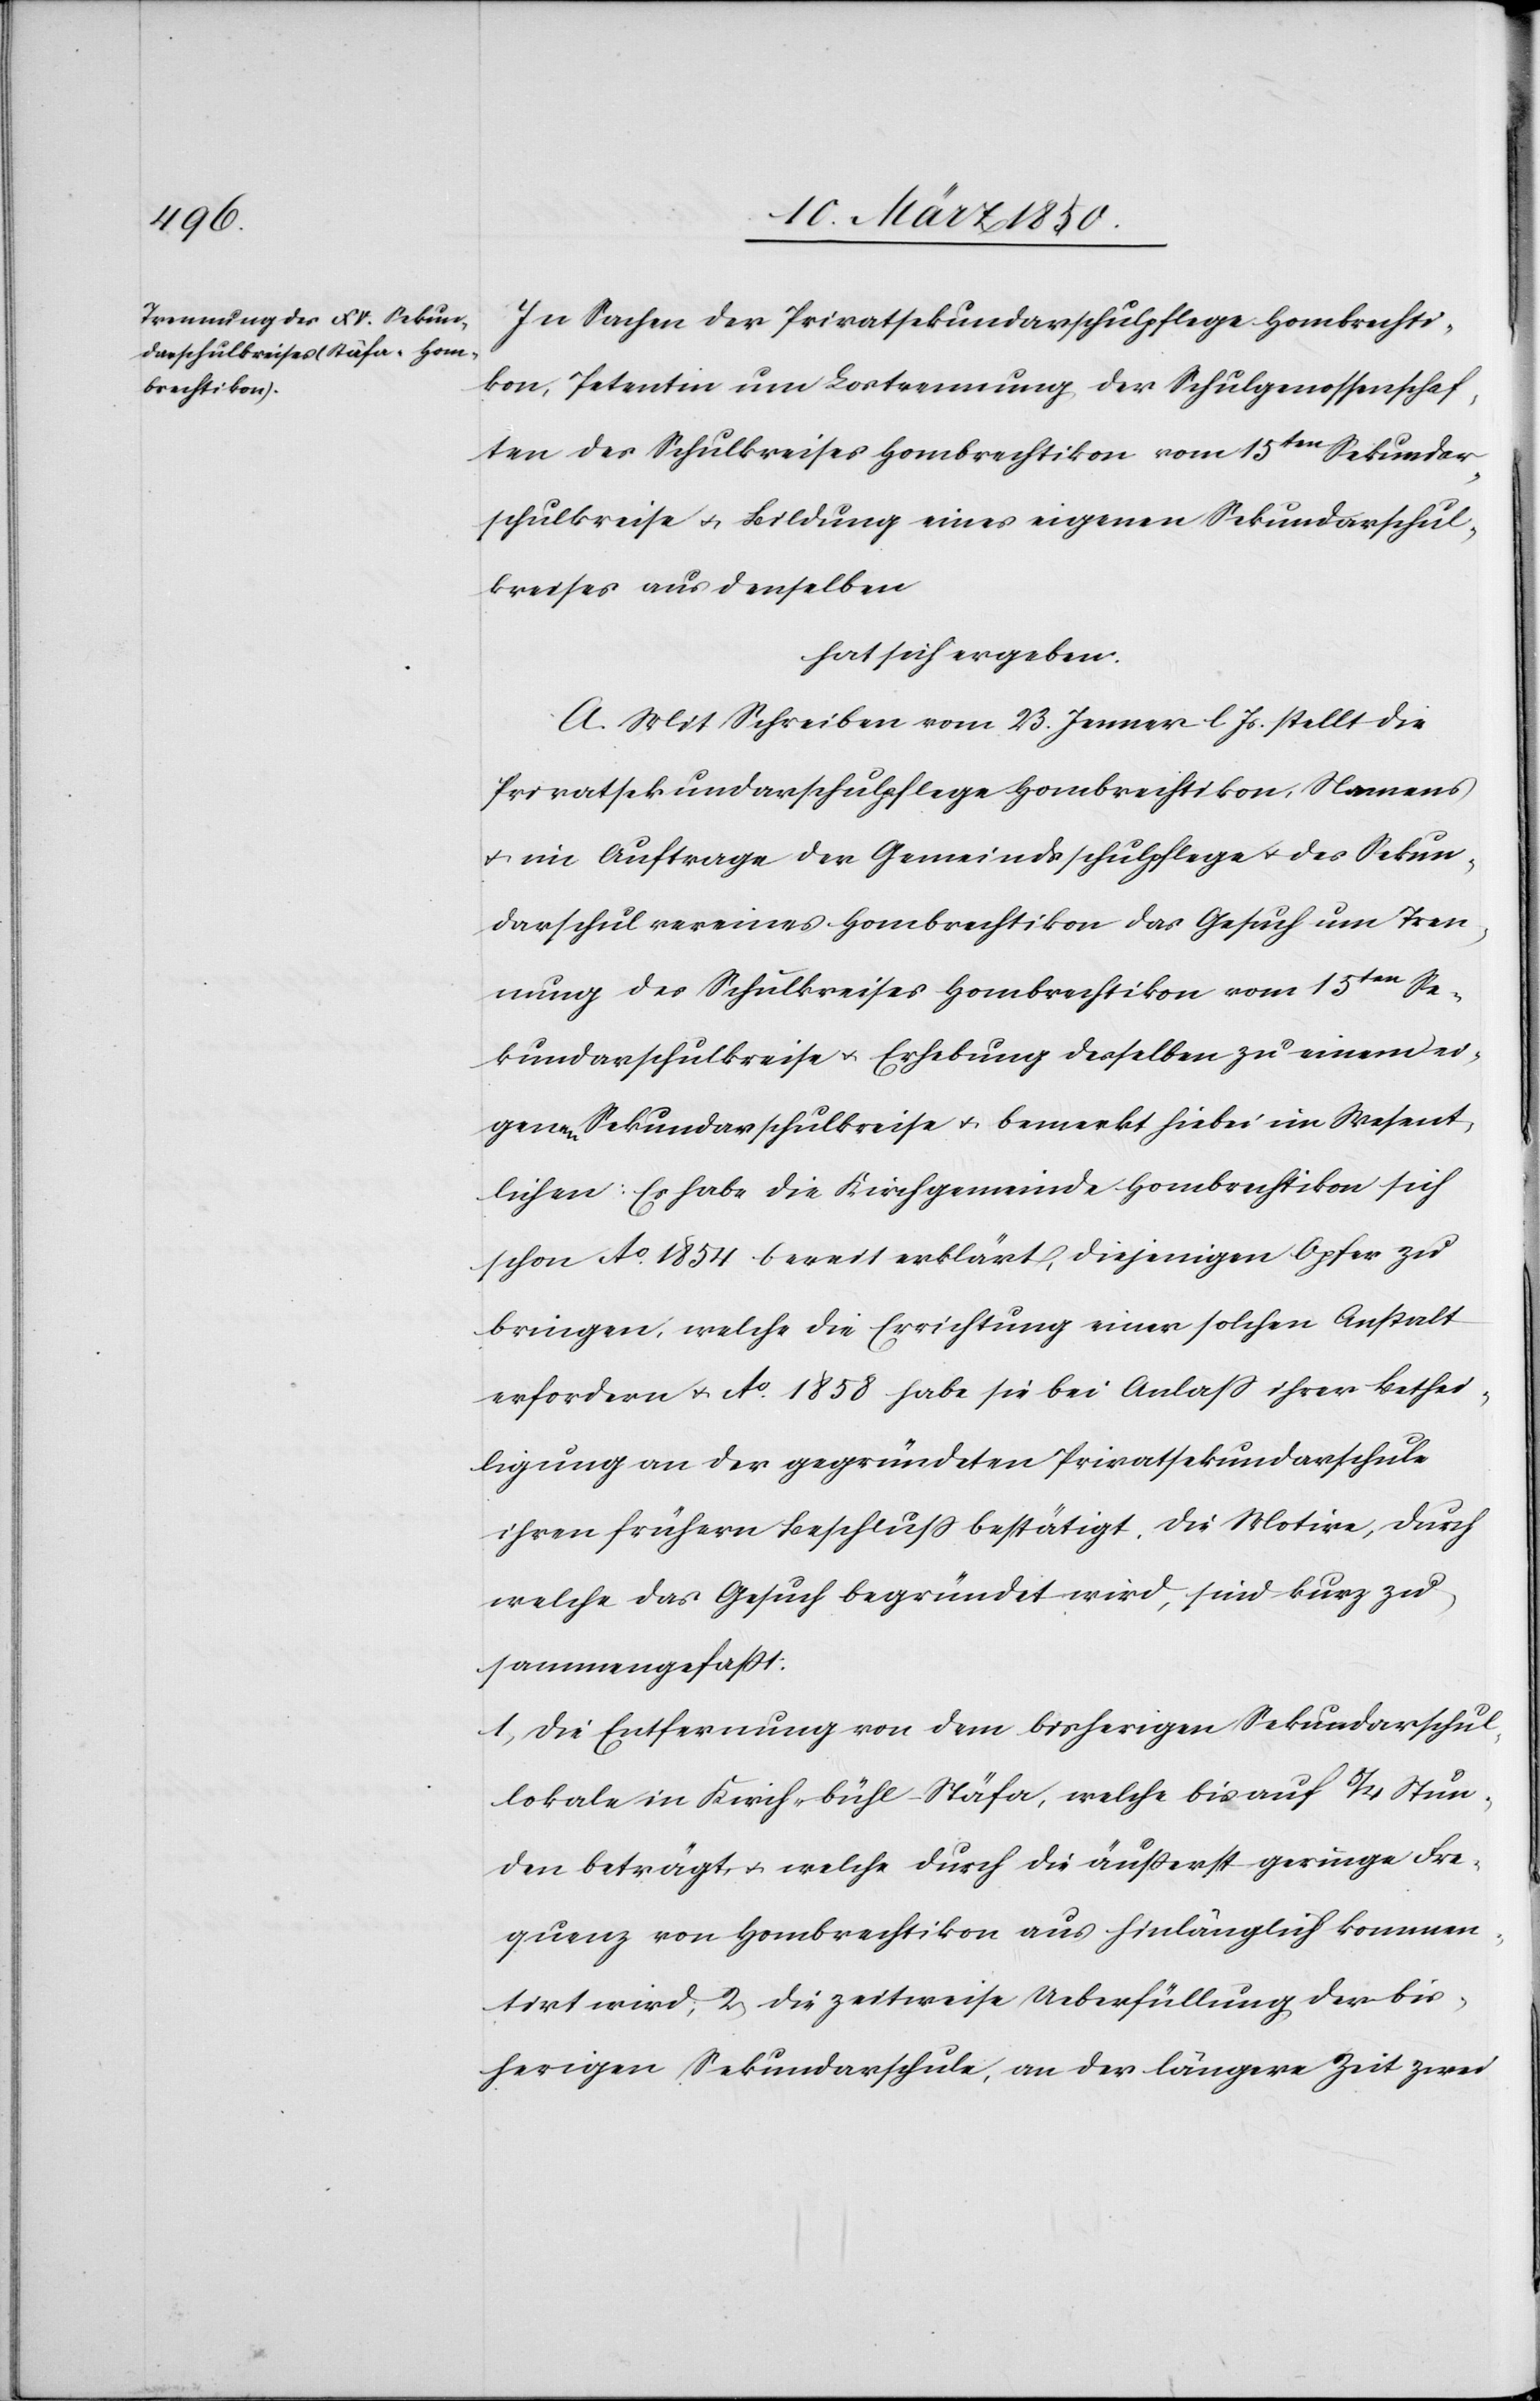
In Sachen der Privatsekundarschulpflege Hombrechti¬
kon, Petentin um Lostrennung der Schulgenossenschaf¬
ten des Schulkreises Hombrechtikon vom 15 ten Sekundar¬
schulkreise u. Bildung eines eigenen Sekundarschul¬
kreises aus denselben
hat sich ergeben:
A. Mit Schreiben vom 23. Jenner l. Js. stellt die
Privatsekundarschulpflege Hombrechtikon, Namens
u. im Auftrage der Gemeindsschulpflege u. des Sekun¬
darschulvereines Hombrechtikon das Gesuch um Tren¬
nung des Schulkreises Hombrechtikon vom 15ten Se¬
kundarschulkreise u. Erhebung desselben zu einem ei¬
genen Sekundarschulkreise u. bemerkt hiebei im Wesent¬
lichen: Es habe die Kirchgemeinde Hombrechtikon sich
schon Ao 1854 bereit erklärt, diejenigen Opfer zu
bringen, welche die Errichtung einer solchen Anstalt
erfordern u. Ao 1858 habe sie bei Anlass ihrer Bethei¬
ligung an der gegründeten Privatsekundarschule
ihren frühern Beschluss bestätigt. Die Motive, durch
welche das Gesuch begründet wird, sind kurz zu¬
sammengefasst:
1. Die Entfernung von dem bisherigen Sekundarschul¬
lokale in Kirchbühl-Stäfa, welche bis auf 3/4 Stun¬
den beträgt, u. welche durch die äusserst geringe Fre¬
quenz von Hombrechtikon aus hinlänglich kommen¬
tirt wird; 2. Die zeitweise Ueberfüllung der bis¬
herigen Sekundarschule, an der längere Zeit zwei